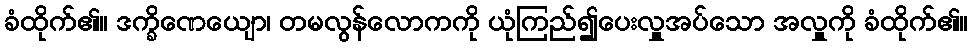
ခံထိုက်၏။ ဒက္ခိဏေယျော၊ တမလွန်လောကကို ယုံကြည်၍ပေးလှူအပ်သော အလှူကို ခံထိုက်၏။